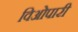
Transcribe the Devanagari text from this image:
विओपारी